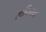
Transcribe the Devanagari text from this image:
स्वनिमत्व